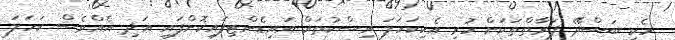
ހެކި ބަސްދޭ ފަރާތްތަކަށް ހުރި އެކިކަހަލަ ރިސްކުތައް އައިޑެންޓިފައިކޮށްފައި އަދި އެއްވެސް ކަހަލަ